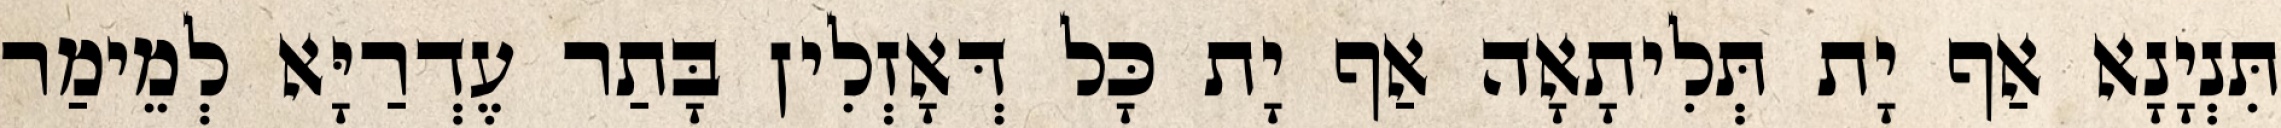
תִּנְיָנָא אַף יָת תְּלִיתָאָה אַף יָת כָּל דְּאָזְלִין בָּתַר עֶדְרַיָּא לְמֵימַר